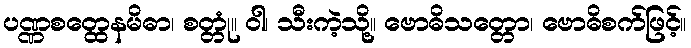
ပဏ္ဏစတ္ထေနမိဓာ၊ စတ္တုံ။ ဝါ၊ သီးကဲ့သို့။ ဗောဓိသတ္တော၊ ဗောဓိစက်ဖြင့်။